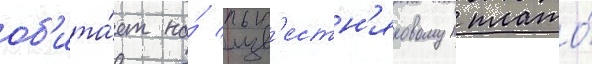
об'ита́ет на́ изв'естн'яковом плато́